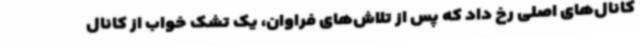
کانال‌های اصلی رخ داد که پس از تلاش‌های فراوان، یک تشک خواب از کانال